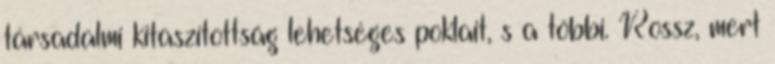
társadalmi kitaszítottság lehetséges poklait, s a többi. Rossz, mert